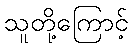
သူတို့ကြောင့်